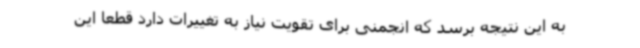
به این نتیجه برسد که انجمنی برای تقویت نیاز به تغییرات دارد قطعا این